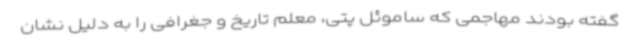
گفته بودند مهاجمی که ساموئل پتی، معلم تاریخ و جغرافی را به دلیل نشان